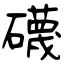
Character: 礣